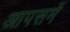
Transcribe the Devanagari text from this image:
आपसमें